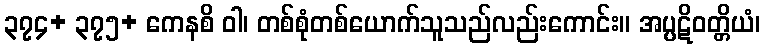
၃၇၄+ ၃၇၅+ ကေနစိ ဝါ၊ တစ်စုံတစ်ယောက်သူသည်လည်းကောင်း။ အပ္ပဋိဝတ္တိယံ၊